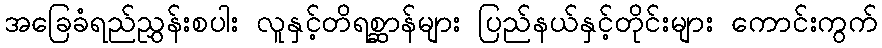
အခြေခံရည်ညွှန်းစပါး လူနှင့်တိရစ္ဆာန်များ ပြည်နယ်နှင့်တိုင်းများ ကောင်းကွက်